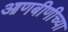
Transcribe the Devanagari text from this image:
आणबीणीच्या